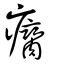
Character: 癵